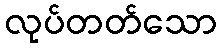
လုပ်တတ်သော